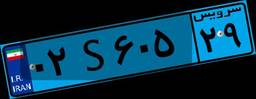
۰۲S۶۰۵۲۹